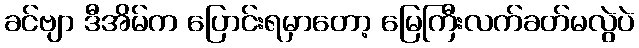
ခင်ဗျာ ဒီအိမ်က ပြောင်းရမှာတော့ မြေကြီးလက်ခတ်မလွဲပဲ